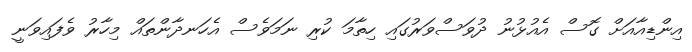
އިންޑިއާއަށް ގޮސް އެއުޅުނު ދުވަސްވަރުގައި ހިތާމަ ކުރި ނަމަވެސް އެހަނދާންތައް މިހާރު ވެފައިވަނީ